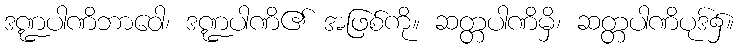
ဒဏ္ဍပါဏိဘာဝေါ၊ ဒဏ္ဍပါဏိ၏ အဖြစ်ကို။ ဆတ္တပါဏိမှိ၊ ဆတ္တပါဏိပုဒ်၌။